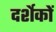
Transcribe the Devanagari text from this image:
दर्शेकों